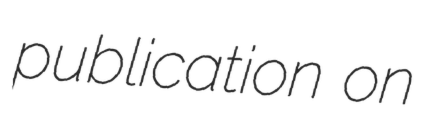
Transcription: publication on